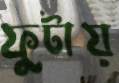
ফুটায়